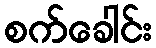
စက်ခေါင်း